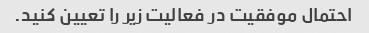
احتمال موفقیت در فعالیت زیر را تعیین کنید.